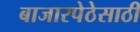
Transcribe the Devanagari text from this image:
बाजारपेठेसाठी